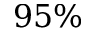
9 5 \%